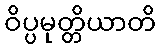
ဝိပ္ပမုတ္တိယာတိ